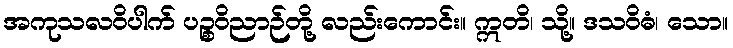
အကုသလဝိပါက် ပဉ္စဝိညာဉ်တို့ လည်းကောင်း။ ဣတိ၊ သို့။ ဒသဝိဓံ၊ သော။